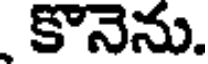
కొనెను.